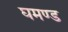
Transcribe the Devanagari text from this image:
घमण्‍ड